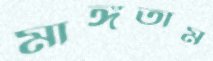
মাঙ্গতাম